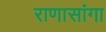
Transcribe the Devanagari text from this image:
राणासांगा